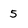
Character: 5